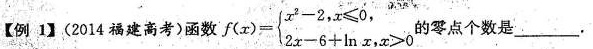
【例1】(2014福建高考)函数$$f ( x ) = f ( x ) = \left \ { \begin { array } { l }